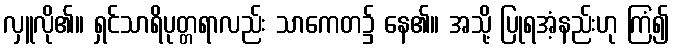
လှူလို၏။ ရှင်သာရိပုတ္တရာလည်း သာကေတ၌ နေ၏။ အသို့ ပြုရအံ့နည်းဟု ကြံ၍